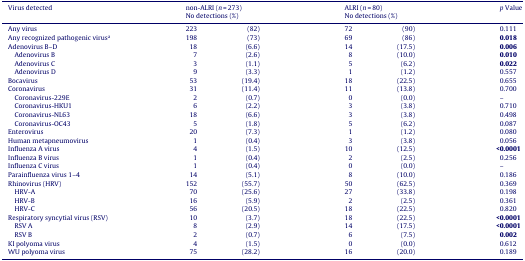
<table><thead><tr><td><b>Virus detected</b></td><td colspan="2"><b>non-ALRI (<i>n</i> = 273)</b></td><td colspan="2"><b>ALRI (<i>n</i> = 80)</b></td><td><b><i>p</i> Value</b></td></tr><tr><td></td><td colspan="2"><b>No detections (%)</b></td><td colspan="2"><b>No detections (%)</b></td><td></td></tr></thead><tbody><tr><td>Any virus</td><td>223</td><td>(82)</td><td>72</td><td>(90)</td><td>0.111</td></tr><tr><td>Any recognized pathogenic virusa</td><td>198</td><td>(73)</td><td>69</td><td>(86)</td><td><b>0.018</b></td></tr><tr><td>Adenovirus B–D</td><td>18</td><td>(6.6)</td><td>14</td><td>(17.5)</td><td><b>0.006</b></td></tr><tr><td> Adenovirus B</td><td>7</td><td>(2.6)</td><td>8</td><td>(10.0)</td><td><b>0.010</b></td></tr><tr><td> Adenovirus C</td><td>3</td><td>(1.1)</td><td>5</td><td>(6.2)</td><td><b>0.022</b></td></tr><tr><td> Adenovirus D</td><td>9</td><td>(3.3)</td><td>1</td><td>(1.2)</td><td>0.557</td></tr><tr><td>Bocavirus</td><td>53</td><td>(19.4)</td><td>18</td><td>(22.5)</td><td>0.655</td></tr><tr><td>Coronavirus</td><td>31</td><td>(11.4)</td><td>11</td><td>(13.8)</td><td>0.700</td></tr><tr><td> Coronavirus-229E</td><td>2</td><td>(0.7)</td><td>0</td><td>(0.0)</td><td>–</td></tr><tr><td> Coronavirus-HKU1</td><td>6</td><td>(2.2)</td><td>3</td><td>(3.8)</td><td>0.710</td></tr><tr><td> Coronavirus-NL63</td><td>18</td><td>(6.6)</td><td>3</td><td>(3.8)</td><td>0.498</td></tr><tr><td> Coronavirus-OC43</td><td>5</td><td>(1.8)</td><td>5</td><td>(6.2)</td><td>0.087</td></tr><tr><td>Enterovirus</td><td>20</td><td>(7.3)</td><td>1</td><td>(1.2)</td><td>0.080</td></tr><tr><td>Human metapneumovirus</td><td>1</td><td>(0.4)</td><td>3</td><td>(3.8)</td><td>0.056</td></tr><tr><td>Influenza A virus</td><td>4</td><td>(1.5)</td><td>10</td><td>(12.5)</td><td><b>&lt;0.0001</b></td></tr><tr><td>Influenza B virus</td><td>1</td><td>(0.4)</td><td>2</td><td>(2.5)</td><td>0.256</td></tr><tr><td>Influenza C virus</td><td>1</td><td>(0.4)</td><td>0</td><td>(0.0)</td><td>–</td></tr><tr><td>Parainfluenza virus 1–4</td><td>14</td><td>(5.1)</td><td>8</td><td>(10.0)</td><td>0.186</td></tr><tr><td>Rhinovirus (HRV)</td><td>152</td><td>(55.7)</td><td>50</td><td>(62.5)</td><td>0.369</td></tr><tr><td> HRV-A</td><td>70</td><td>(25.6)</td><td>27</td><td>(33.8)</td><td>0.198</td></tr><tr><td> HRV-B</td><td>16</td><td>(5.9)</td><td>2</td><td>(2.5)</td><td>0.361</td></tr><tr><td> HRV-C</td><td>56</td><td>(20.5)</td><td>18</td><td>(22.5)</td><td>0.820</td></tr><tr><td>Respiratory syncytial virus (RSV)</td><td>10</td><td>(3.7)</td><td>18</td><td>(22.5)</td><td><b>&lt;0.0001</b></td></tr><tr><td> RSV A</td><td>8</td><td>(2.9)</td><td>14</td><td>(17.5)</td><td><b>&lt;0.0001</b></td></tr><tr><td> RSV B</td><td>2</td><td>(0.7)</td><td>6</td><td>(7.5)</td><td><b>0.002</b></td></tr><tr><td>KI polyoma virus</td><td>4</td><td>(1.5)</td><td>0</td><td>(0.0)</td><td>0.612</td></tr><tr><td>WU polyoma virus</td><td>75</td><td>(28.2)</td><td>16</td><td>(20.0)</td><td>0.189</td></tr></tbody></table>